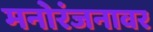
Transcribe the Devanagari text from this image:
मनोरंजनावर